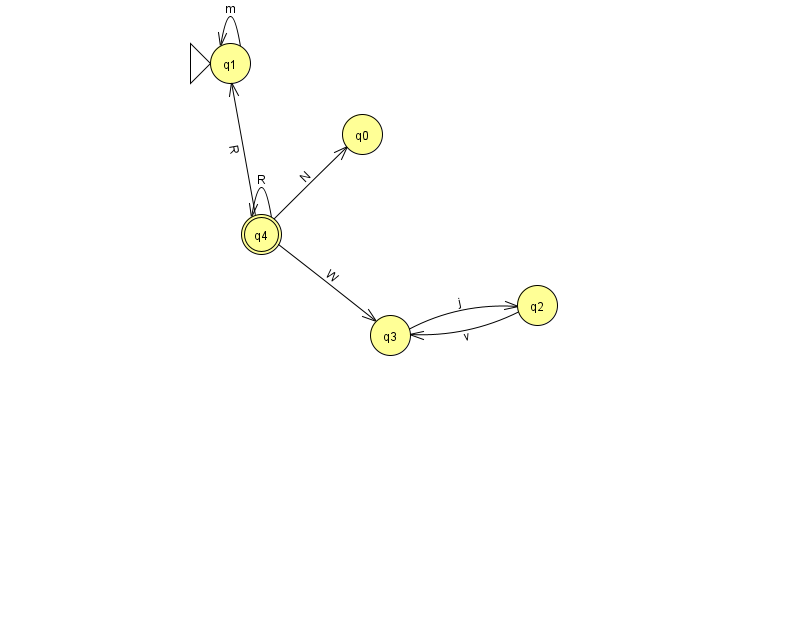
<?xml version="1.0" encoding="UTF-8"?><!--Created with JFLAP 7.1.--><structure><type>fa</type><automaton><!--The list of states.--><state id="0" name="q0"><x>362.0</x><y>121.0</y></state><state id="1" name="q1"><x>230.0</x><y>50.0</y><initial/></state><state id="2" name="q2"><x>537.0</x><y>292.0</y></state><state id="3" name="q3"><x>390.0</x><y>322.0</y></state><state id="4" name="q4"><x>261.0</x><y>221.0</y><final/></state><!--The list of transitions.--><transition><from>4</from><to>4</to><read>R</read></transition><transition><from>3</from><to>2</to><read>j</read></transition><transition><from>4</from><to>0</to><read>N</read></transition><transition><from>4</from><to>3</to><read>W</read></transition><transition><from>2</from><to>3</to><read>v</read></transition><transition><from>4</from><to>1</to><read>R</read></transition><transition><from>1</from><to>1</to><read>m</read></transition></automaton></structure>